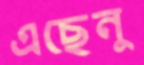
এছেনু